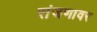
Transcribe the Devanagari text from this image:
रांजणावर